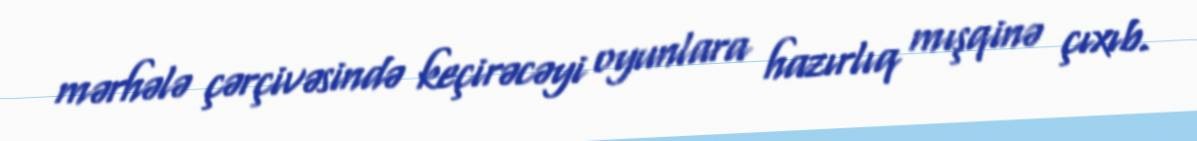
mərhələ çərçivəsində keçirəcəyi oyunlara hazırlıq mışqinə çıxıb.